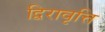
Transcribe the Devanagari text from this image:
द्विरावृत्ति